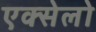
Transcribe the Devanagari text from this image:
एक्सेलो